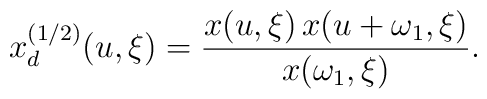
x_d^{(1/2)}(u,\xi)={x(u,\xi)\,x(u+\omega_{1},\xi)\over x(\omega_{1},\xi)}.